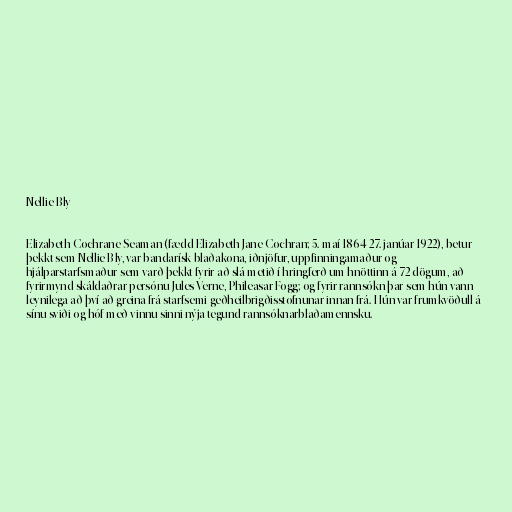
Nellie Bly

Elizabeth Cochrane Seaman (fædd Elizabeth Jane Cochran; 5. maí 1864-27. janúar 1922), betur
þekkt sem Nellie Bly, var bandarísk blaðakona, iðnjöfur, uppfinningamaður og
hjálparstarfsmaður sem varð þekkt fyrir að slá metið í hringferð um hnöttinn á 72 dögum, að
fyrirmynd skáldaðrar persónu Jules Verne, Phileasar Fogg; og fyrir rannsókn þar sem hún vann
leynilega að því að greina frá starfsemi geðheilbrigðisstofnunar innan frá. Hún var frumkvöðull á
sínu sviði og hóf með vinnu sinni nýja tegund rannsóknarblaðamennsku.